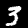
Label: 3